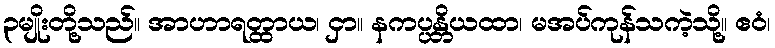
၃မျိုးတို့သည်။ အာဟာရတ္ထာယ၊ ငှာ။ နကပ္ပန္တိယထာ၊ မအပ်ကုန်သကဲ့သို့။ ဧဝံ၊